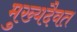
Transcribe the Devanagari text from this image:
मुख्यदैवत